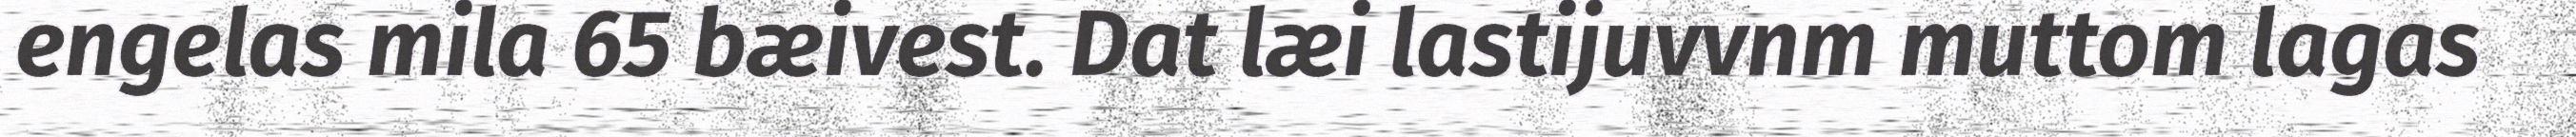
engelas mila 65 bæivest. Dat læi lastijuvvnm muttom lagas